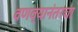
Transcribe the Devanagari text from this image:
वणव्यानंतरचा